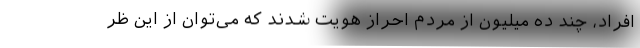
افراد، چند ده میلیون از مردم احراز هویت شدند که می‌توان از این ظر